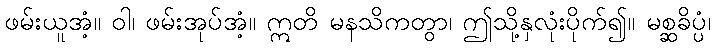
ဖမ်းယူအံ့။ ဝါ၊ ဖမ်းအုပ်အံ့။ ဣတိ မနသိကတွာ၊ ဤသို့နှလုံးပိုက်၍။ မစ္ဆခိပ္ပံ၊